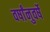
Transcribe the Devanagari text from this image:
वर्षांनुवर्षे